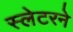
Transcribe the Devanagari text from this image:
स्लेटरने